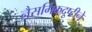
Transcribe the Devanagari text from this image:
नैसर्गिकदृष्टीने